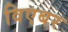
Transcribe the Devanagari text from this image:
विएबर